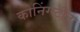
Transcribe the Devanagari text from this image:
कोनिंग्स्टीन